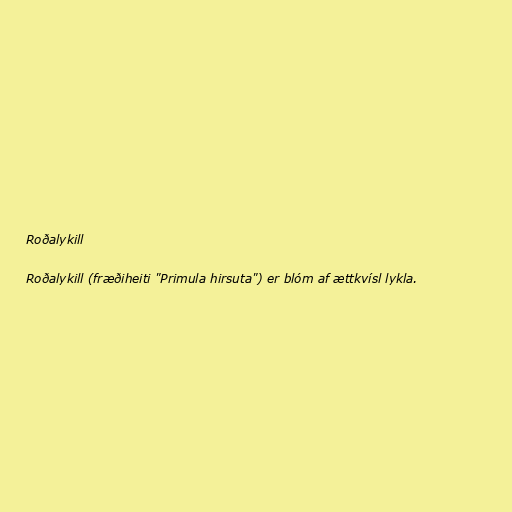
Roðalykill

Roðalykill (fræðiheiti "Primula hirsuta") er blóm af ættkvísl lykla.